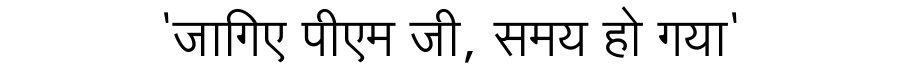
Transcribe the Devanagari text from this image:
'जागिए पीएम जी, समय हो गया'